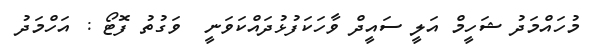
މުހައްމަދު ޝަހީމް އަލީ ސައީދް ވާހަކަފުޅުދައްކަވަނީ  ވަގުތު ފޮޓޯ : އަހްމަދު